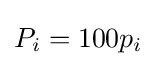
P_{i}=100p_{i}